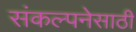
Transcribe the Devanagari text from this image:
संकल्पनेसाठी